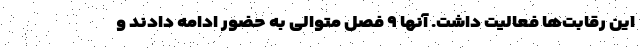
این رقابت‌ها فعالیت داشت. آنها ۹ فصل متوالی به حضور ادامه دادند و